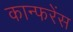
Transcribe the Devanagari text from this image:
कान्फरेंस